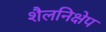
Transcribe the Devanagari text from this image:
शैलनिक्षेप